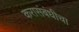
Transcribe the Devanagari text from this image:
करासंबंधीचा